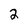
Character: 2